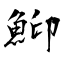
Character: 鮣